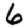
Digit: 6